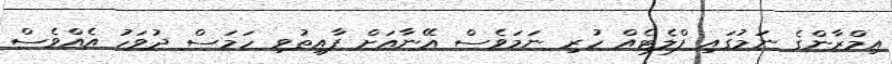
އިމްރާންގެ ނަމުގައި ފްލެޓެއް ހުރި ނަމަވެސް އޭނާއަށް ފާއިތުވި ހަމަސް ދުވަހު އެއްވެސް